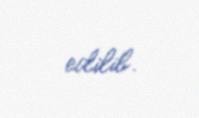
edilib.